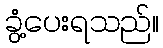
ခွံ့ပေးရသည်။